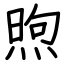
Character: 煦